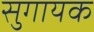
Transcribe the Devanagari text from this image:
सुगायक